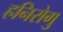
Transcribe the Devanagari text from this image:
हनिरोगु